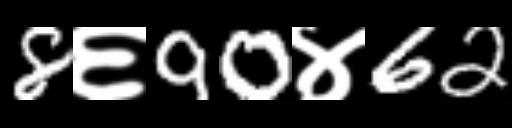
Text: 8६90४62